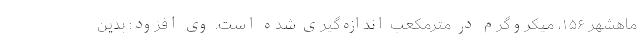
ماهشهر ۱۵۶، میکروگرم در مترمکعب اندازه‌گیری شده است. وی افزود: بدین